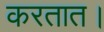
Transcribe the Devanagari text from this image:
करतात।